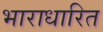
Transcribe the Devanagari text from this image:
भाराधारित